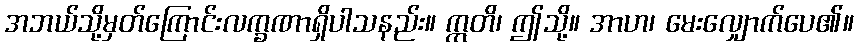
အဘယ်သို့မှတ်ကြောင်းလက္ခဏာရှိပါသနည်း။ ဣတိ၊ ဤသို့။ အာဟ၊ မေးလျှောက်ပေ၏။